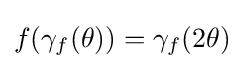
f(\gamma _{f}(\theta ))=\gamma _{f}(2\theta )